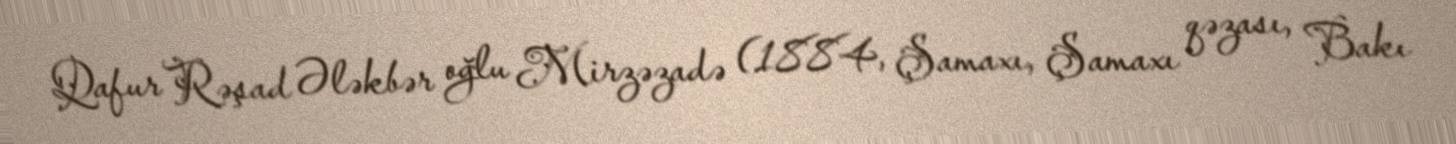
Qafur Rəşad Ələkbər oğlu Mirzəzadə (1884, Şamaxı, Şamaxı qəzası, Bakı